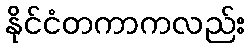
နိုင်ငံတကာကလည်း